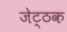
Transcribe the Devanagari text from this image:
जेट्ठक